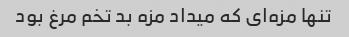
تنها مزه‌ای که میداد مزه بد تخم مرغ بود